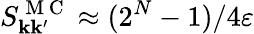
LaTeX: S_{\mathbf{k}\mathbf{k}^{\prime}}^{\mathrm{{~M~C~}}}\approx(2^{N}-1)/4\varepsilon